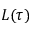
L ( \tau )